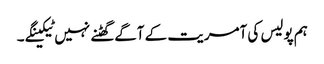
ہم پولیس کی آمریت کے آگے گھٹنے نہیں ٹیکینگے ۔